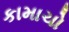
કામાચો